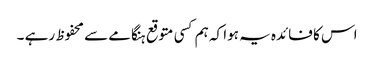
اس کا فائدہ یہ ہوا کہ ہم کسی متوقع ہنگامے سے محفوظ رہے ۔